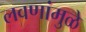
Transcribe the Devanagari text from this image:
लवणांमुळे